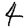
Digit: 4